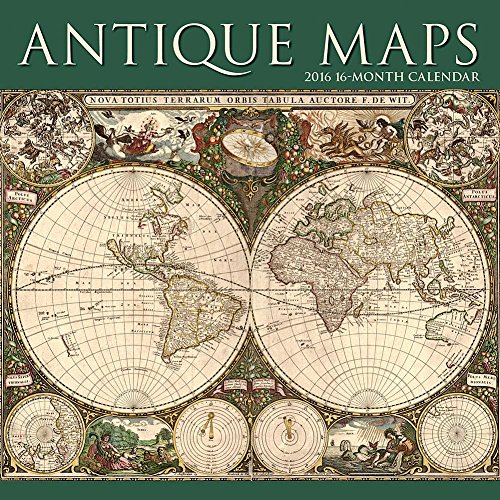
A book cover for Antique Maps Wall Calendar by Calendar Ink; Calendars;